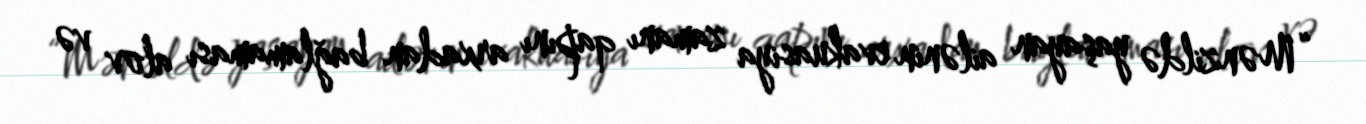
“Mənzildə yaşayan ailənin evakuasiya zamanı qapını arxadan bağlamaması alov və